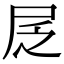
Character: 㞏